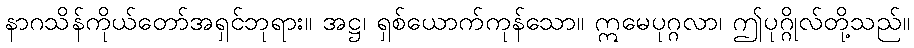
နာဂသိန်ကိုယ်တော်အရှင်ဘုရား။ အဋ္ဌ၊ ရှစ်ယောက်ကုန်သော။ ဣမေပုဂ္ဂလာ၊ ဤပုဂ္ဂိုလ်တို့သည်။